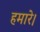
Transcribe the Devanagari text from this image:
हमारे।